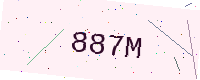
Text: 887M